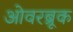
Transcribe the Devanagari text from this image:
ओवरब्रूक